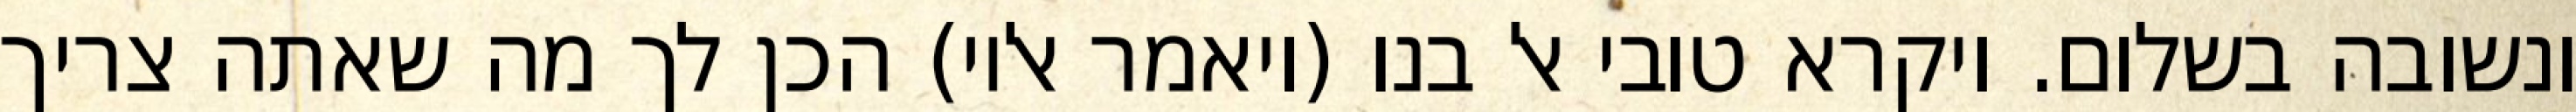
ונשובה בשלום. ויקרא טובי אל בנו (ויאמר אליו) הכן לך מה שאתה צריך